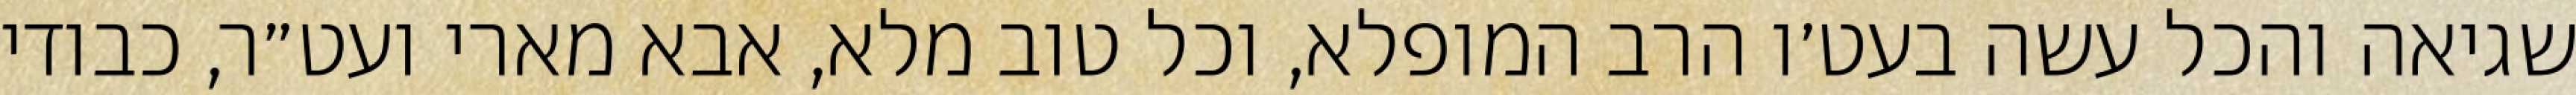
שגיאה והכל עשה בעט׳ו הרב המופלא, וכל טוב מלא, אבא מארי ועט״ר, כבודי